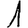
Digit: 1